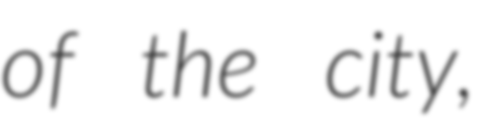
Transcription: of the city,